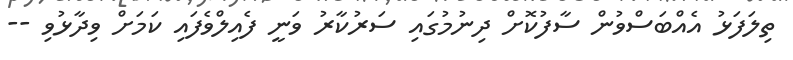
ތިލަފަޅު އެއްބަސްވުން ސާފުކޮށް ދިނުމުގައި ސަރުކާރު ވަނީ ފެއިލްވެފައި ކަމަށް ވިދާޅުވި --